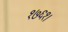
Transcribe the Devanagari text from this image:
१७६१।